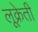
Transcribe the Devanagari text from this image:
लूक्रेती